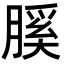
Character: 膎